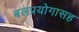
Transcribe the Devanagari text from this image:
बलप्रयोगासह